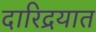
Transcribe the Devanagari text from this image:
दारिद्रयात